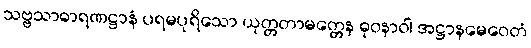
သဗ္ဗသာဓာရဏဋ္ဌာနံ ပရမပုရိသော ယုတ္တတာမတ္တေန ဓုဝနာဝါ အဋ္ဌာနမေဝေတံ